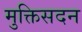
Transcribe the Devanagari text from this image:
मुक्तिसदन